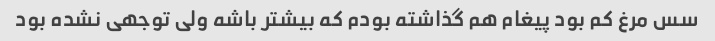
سس مرغ کم بود پیغام هم گذاشته بودم که بیشتر باشه ولی توجهی نشده بود